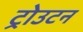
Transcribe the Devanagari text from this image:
ट्रोउटन